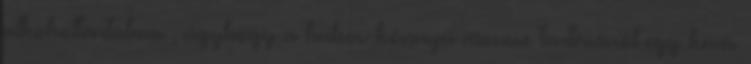
alkoholtartalma , úgyhogy a habos-könnyű mousse tartásáról egy kevés